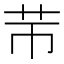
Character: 䒥